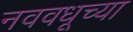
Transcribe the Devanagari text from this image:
नववधूच्या